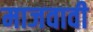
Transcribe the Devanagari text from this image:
माजवावी